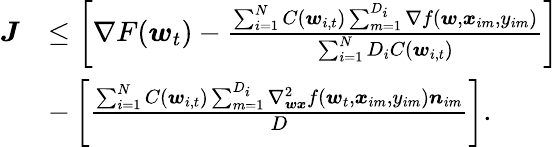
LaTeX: \begin{array}{rl}{\boldsymbol{J}}&{\le\left[\nabla F(\boldsymbol{w}_{t})-\frac{\sum_{i=1}^{N}C(\boldsymbol{w}_{i,t})\sum_{m=1}^{D_{i}}\nabla f(\boldsymbol{w},\boldsymbol{x}_{im},y_{im})}{\sum_{i=1}^{N}D_{i}C(\boldsymbol{w}_{i,t})}\right]}\\ &{-\left[\frac{\sum_{i=1}^{N}C(\boldsymbol{w}_{i,t})\sum_{m=1}^{D_{i}}\nabla_{\boldsymbol{wx}}^{2}f(\boldsymbol{w}_{t},\boldsymbol{x}_{im},y_{im})\boldsymbol{n}_{im}}{D}\right].}\end{array}